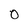
Character: O